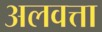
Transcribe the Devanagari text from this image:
अलवत्ता